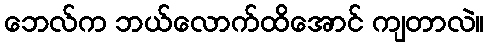
ဘေလ်က ဘယ်လောက်ထိအောင် ကျတာလဲ။